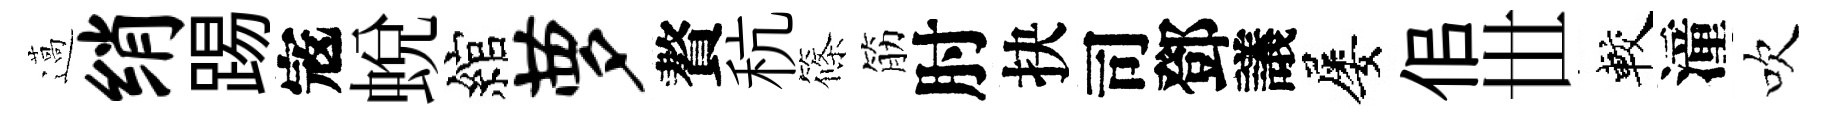
薖绡踢𡨥蛻綰萝贅秔篠筋肘抉司鄧議屡佀𠀍較潼吹